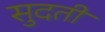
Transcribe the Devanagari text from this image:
सुदती